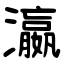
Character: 瀛